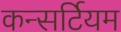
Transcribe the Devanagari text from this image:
कन्सर्टियम